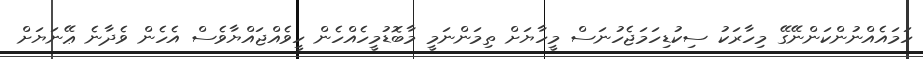
ހަމައެއްނުންކަންނޭގޭ މިހާރަކު ސިކުޑިހަމަޖެހުނަސް މީހާޔަށް ތިމަންނަމީ މާބޮޑުމީހެއްހެން ހީވެއްޖައްޔާވެސް އެހެން ވެދާނެ ޢޭނަޔަށް